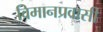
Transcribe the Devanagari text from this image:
विमानप्रवासी